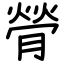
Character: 膋